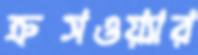
ক্রসওয়্যার